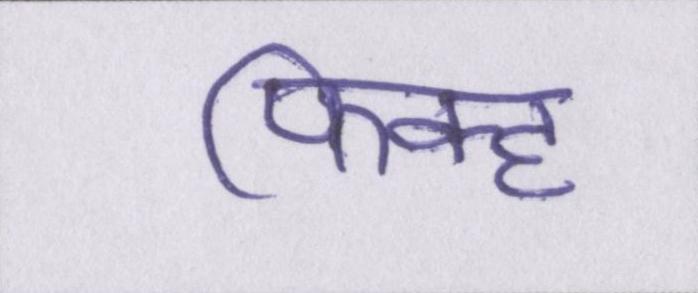
फिक्ह